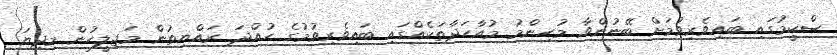
ސްކީމުގައި ބައިވެރިވުމަށް ބޭނުންވާ މުހިންމު މުއާހަދާތަކެއްގައި ބައިވެރިވުމުގެ ހުއްދަ ރައްޔިތުން މަޖިލީހުން މިދިޔަ